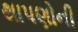
થાપણોની